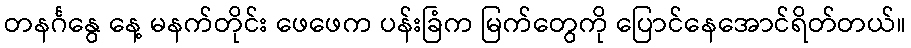
တနင်္ဂနွေ နေ့ မနက်တိုင်း ဖေဖေက ပန်းခြံက မြက်တွေကို ပြောင်နေအောင်ရိတ်တယ်။